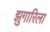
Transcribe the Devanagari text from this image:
झुगारिला